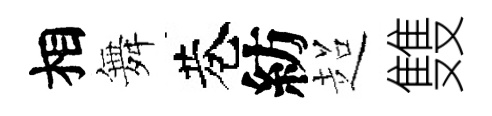
相舞巷紡超䨇